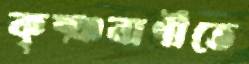
কৃষ্ঞবাণীতে